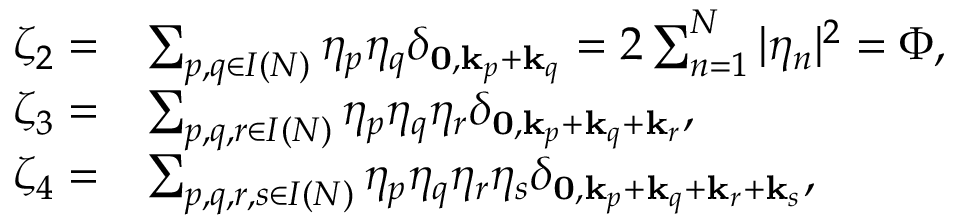
\begin{array} { r l } { \zeta _ { 2 } = } & { \sum _ { p , q \in I ( N ) } \eta _ { p } \eta _ { q } \delta _ { \mathbf { 0 } , \mathbf { k } _ { p } + \mathbf { k } _ { q } } = 2 \sum _ { n = 1 } ^ { N } | \eta _ { n } | ^ { 2 } = \Phi , } \\ { \zeta _ { 3 } = } & { \sum _ { p , q , r \in { I } ( N ) } \eta _ { p } \eta _ { q } \eta _ { r } \delta _ { \mathbf { 0 } , \mathbf { k } _ { p } + \mathbf { k } _ { q } + { \mathbf { k } _ { r } } } , } \\ { \zeta _ { 4 } = } & { \sum _ { p , q , r , s \in { I } ( N ) } \eta _ { p } \eta _ { q } \eta _ { r } \eta _ { s } \delta _ { \mathbf { 0 } , \mathbf { k } _ { p } + \mathbf { k } _ { q } + { \mathbf { k } _ { r } } + \mathbf { k } _ { s } } , } \end{array}